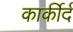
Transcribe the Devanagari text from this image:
कार्कीर्द